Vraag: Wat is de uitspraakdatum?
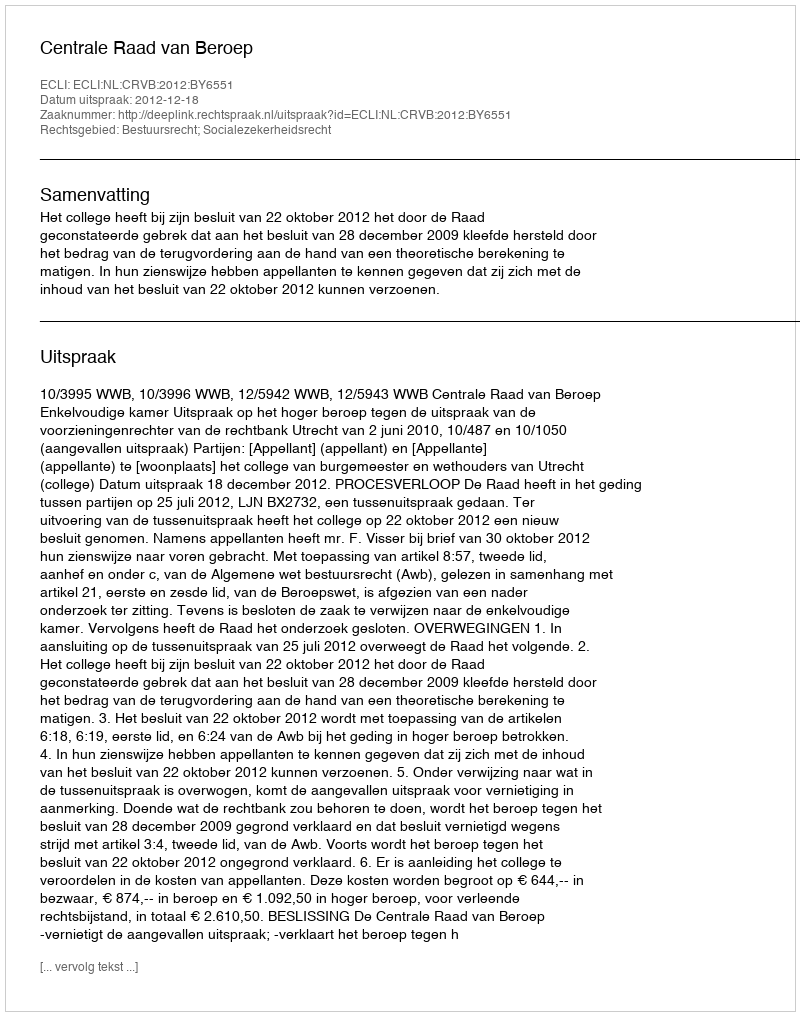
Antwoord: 2012-12-18